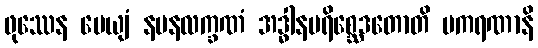
ဖုဿေန မေယျံ နမနလက္ခဏံ အဒ္ဓါနပရိစ္ဆေဒတောတိ ပကရဏာနိ